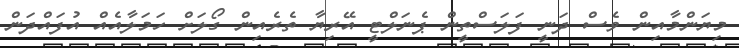
މިޔަންމާއިން ވެސް ދަނީ ފަލަސްތީން ޕެނަލްޓީ އޭރިޔާ ތެރެއިން ގޯލަށް ހަމަލާއެއް އުފައްދަން